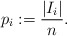
\begin{align*}p_i := \frac{|I_i|}{n}. \end{align*}